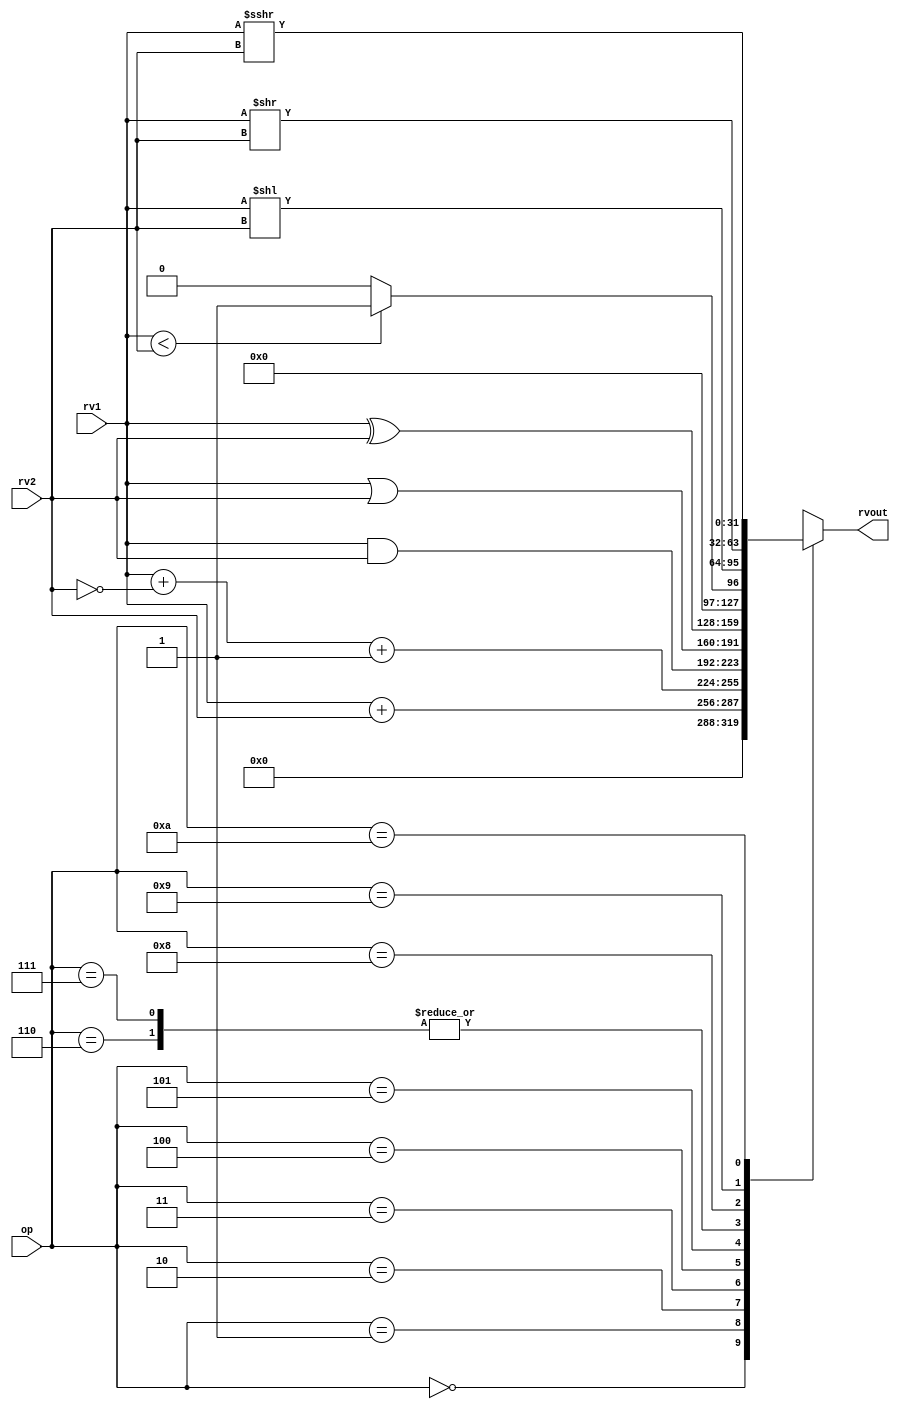
module alu32(
    input [5:0] op,      // some input encoding of your choice
    input [31:0] rv1,    // First operand
    input [31:0] rv2,    // Second operand
    output [31:0] rvout  // Output value
);
    reg [31:0] alu_out;
    reg [31:0] temp_alu;
    integer i;

    assign rvout = alu_out;

    always @(*) begin
        case (op)
            0       :   alu_out = 0;
            1       :   alu_out = rv1 + rv2;                                 //ADD
            2       :   alu_out = rv1 + (~rv2) + 1;                          //SUB
            3       :   alu_out = rv1 & rv2;                                 //AND
            4       :   alu_out = rv1 | rv2;                                 //OR
            5       :   alu_out = rv1 ^ rv2;                                 //XOR
            6       :   alu_out = (rv1 < rv2) ? 1 : 0;                       //SLT
            7       :   alu_out = ($unsigned(rv1) < $unsigned(rv2)) ? 1 : 0; //SLTU
            8       :   alu_out = rv1 << rv2;                                //SLL
            9       :   alu_out = rv1 >> rv2;                                //SRL
            10      :   alu_out = rv1 >>> rv2;                               //SRA                                                 
            default :   alu_out = 1'bx;                                      //Invalid
        endcase
    end

endmodule